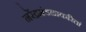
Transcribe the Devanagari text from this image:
नरेंद्रमंडळाकरितां